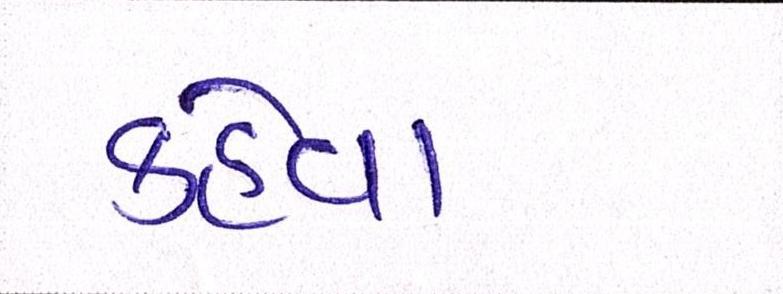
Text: કહેવા